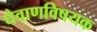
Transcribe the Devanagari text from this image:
घेवाणविषयक